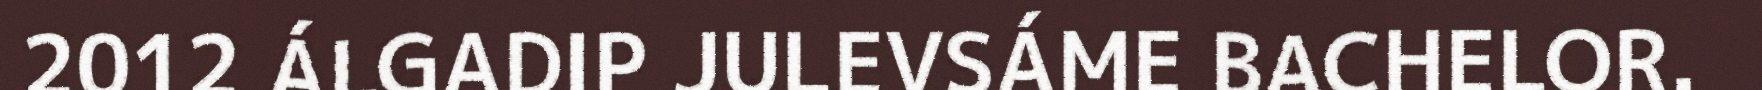
2012 ÁLGADIP JULEVSÁME BACHELOR.